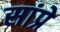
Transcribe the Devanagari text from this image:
सांप्रे